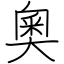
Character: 奧